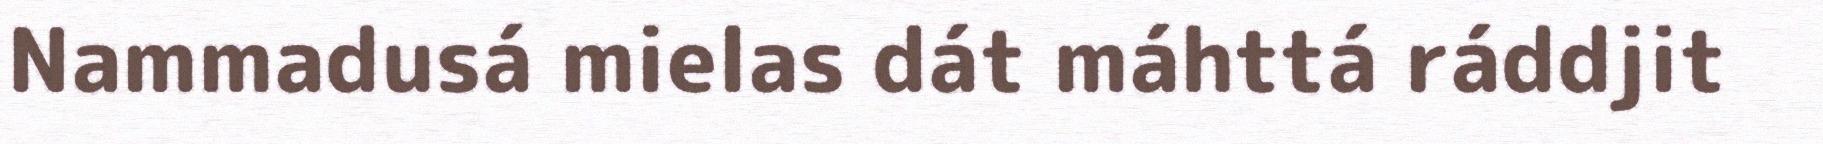
Nammadusá mielas dát máhttá ráddjit